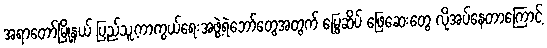
အရာတော်မြို့နယ် ပြည်သူ့ကာကွယ်ရေးအဖွဲ့ရဲဘော်တွေအတွက် မြွေဆိပ် ဖြေဆေးတွေ လိုအပ်နေတာကြောင့်